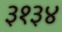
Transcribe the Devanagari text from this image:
३१३४